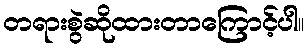
တရားစွဲဆိုထားတာကြောင့်ပါ။